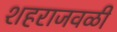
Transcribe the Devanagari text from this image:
शहराजवळी